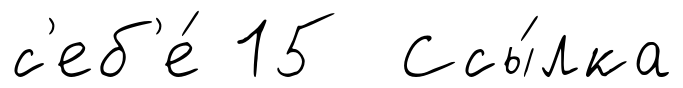
с'еб'е́ 15 Ссы́лка